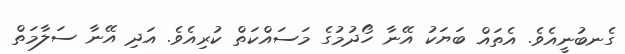
ގެނބުނީއެވެ. އެތައް ބަޔަކު އޭނާ ހޯދުމުގެ މަސައްކަތް ކުރިއެވެ. އަދި އޭނާ ސަލާމަތް